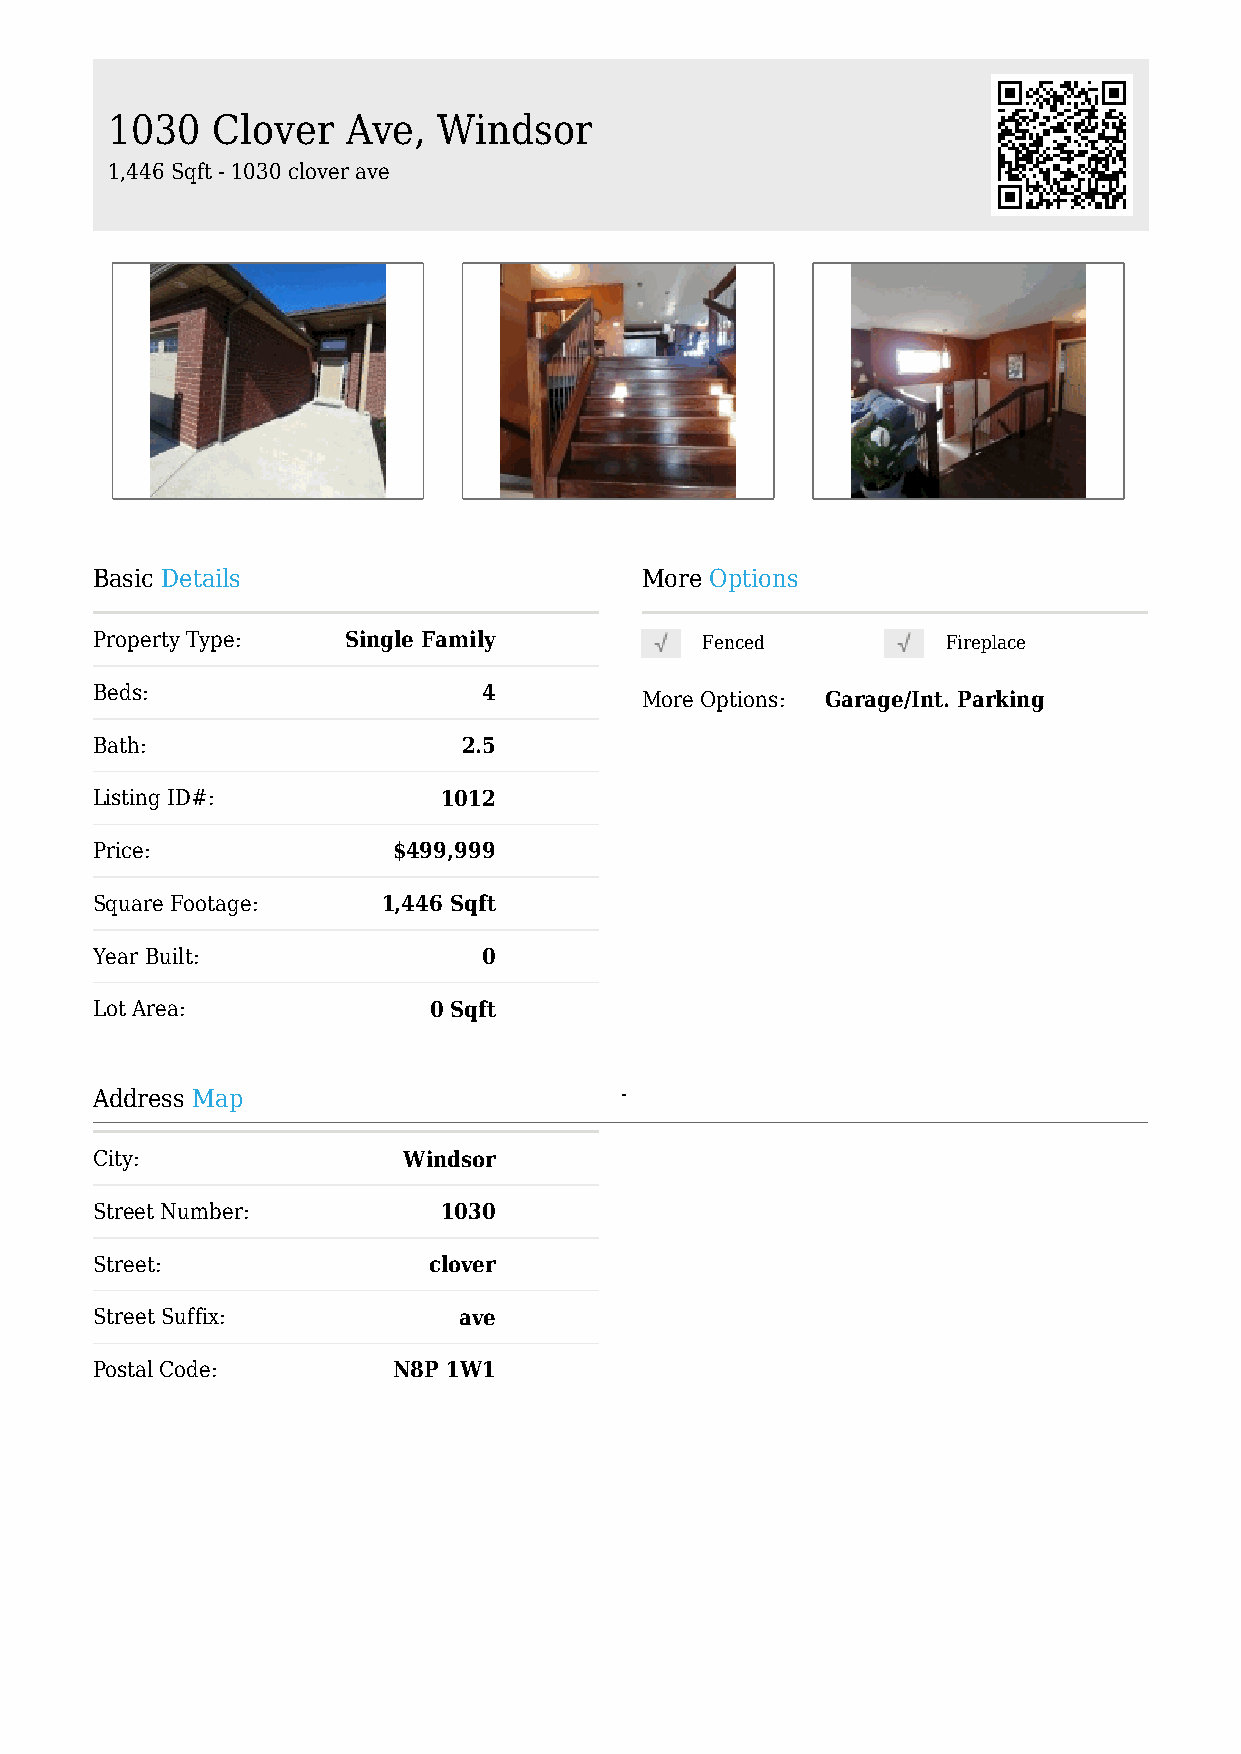
1030   Clover   Ave,  Windsor
 1,446 Sqft - 1030 clover ave
 Basic Details                       More Options
 Property Type:   Single Family          Fenced           Fireplace
 Beds:                     4
 More Options: Garage/Int. Parking
 Bath:                    2.5
 Listing ID#:           1012
 Price:              $499,999
 Square Footage:    1,446 Sqft
 Year Built:               0
 Lot Area:             0 Sqft
 Address Map                        -
 City:                Windsor
 Street Number:         1030
 Street:               clover
 Street Suffix:          ave
 Postal Code:        N8P 1W1